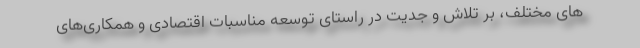
های مختلف، بر تلاش و جدیت در راستای توسعه مناسبات اقتصادی و همکاری‌های